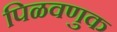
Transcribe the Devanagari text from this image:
पिळवणुक